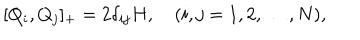
LaTeX: [ Q _ { i } , Q _ { j } ] _ { + } = 2 \delta _ { i j } H , \quad ( i , j = 1 , 2 , \ldots , N ) ,